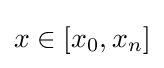
x\in [x_{0},x_{n}]